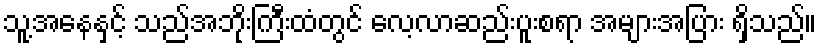
သူ့အနေနှင့် သည်အဘိုးကြီးထံတွင် လေ့လာဆည်းပူးစရာ အများအပြား ရှိသည်။